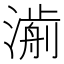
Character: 𣾅